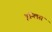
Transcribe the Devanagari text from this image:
इग्लिस